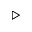
\triangleright